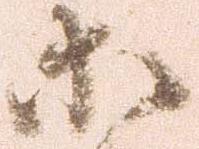
等